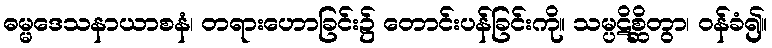
ဓမ္မဒေသနာယာစနံ၊ တရားဟောခြင်း၌ တောင်းပန်ခြင်းကို။ သမ္ပဋိစ္ဆိတွာ၊ ဝန်ခံ၍။